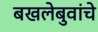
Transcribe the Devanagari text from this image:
बखलेबुवांचे